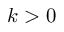
k > 0